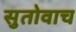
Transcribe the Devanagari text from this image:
सुतोवाच